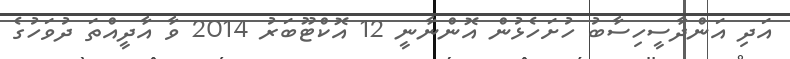
އަދި އަންދާސީހިސާބު ހުށަހެޅުން އޮންނާނީ 12 އޮކްޓޫބަރު 2014 ވާ އާދީއްތަ ދުވަހުގެ